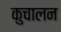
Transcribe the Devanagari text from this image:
कुचालन